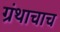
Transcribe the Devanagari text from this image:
ग्रंथाचाच